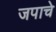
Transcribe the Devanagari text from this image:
जपाचे